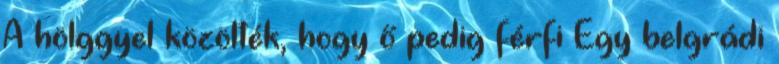
A hölggyel közölték, hogy ő pedig férfi Egy belgrádi